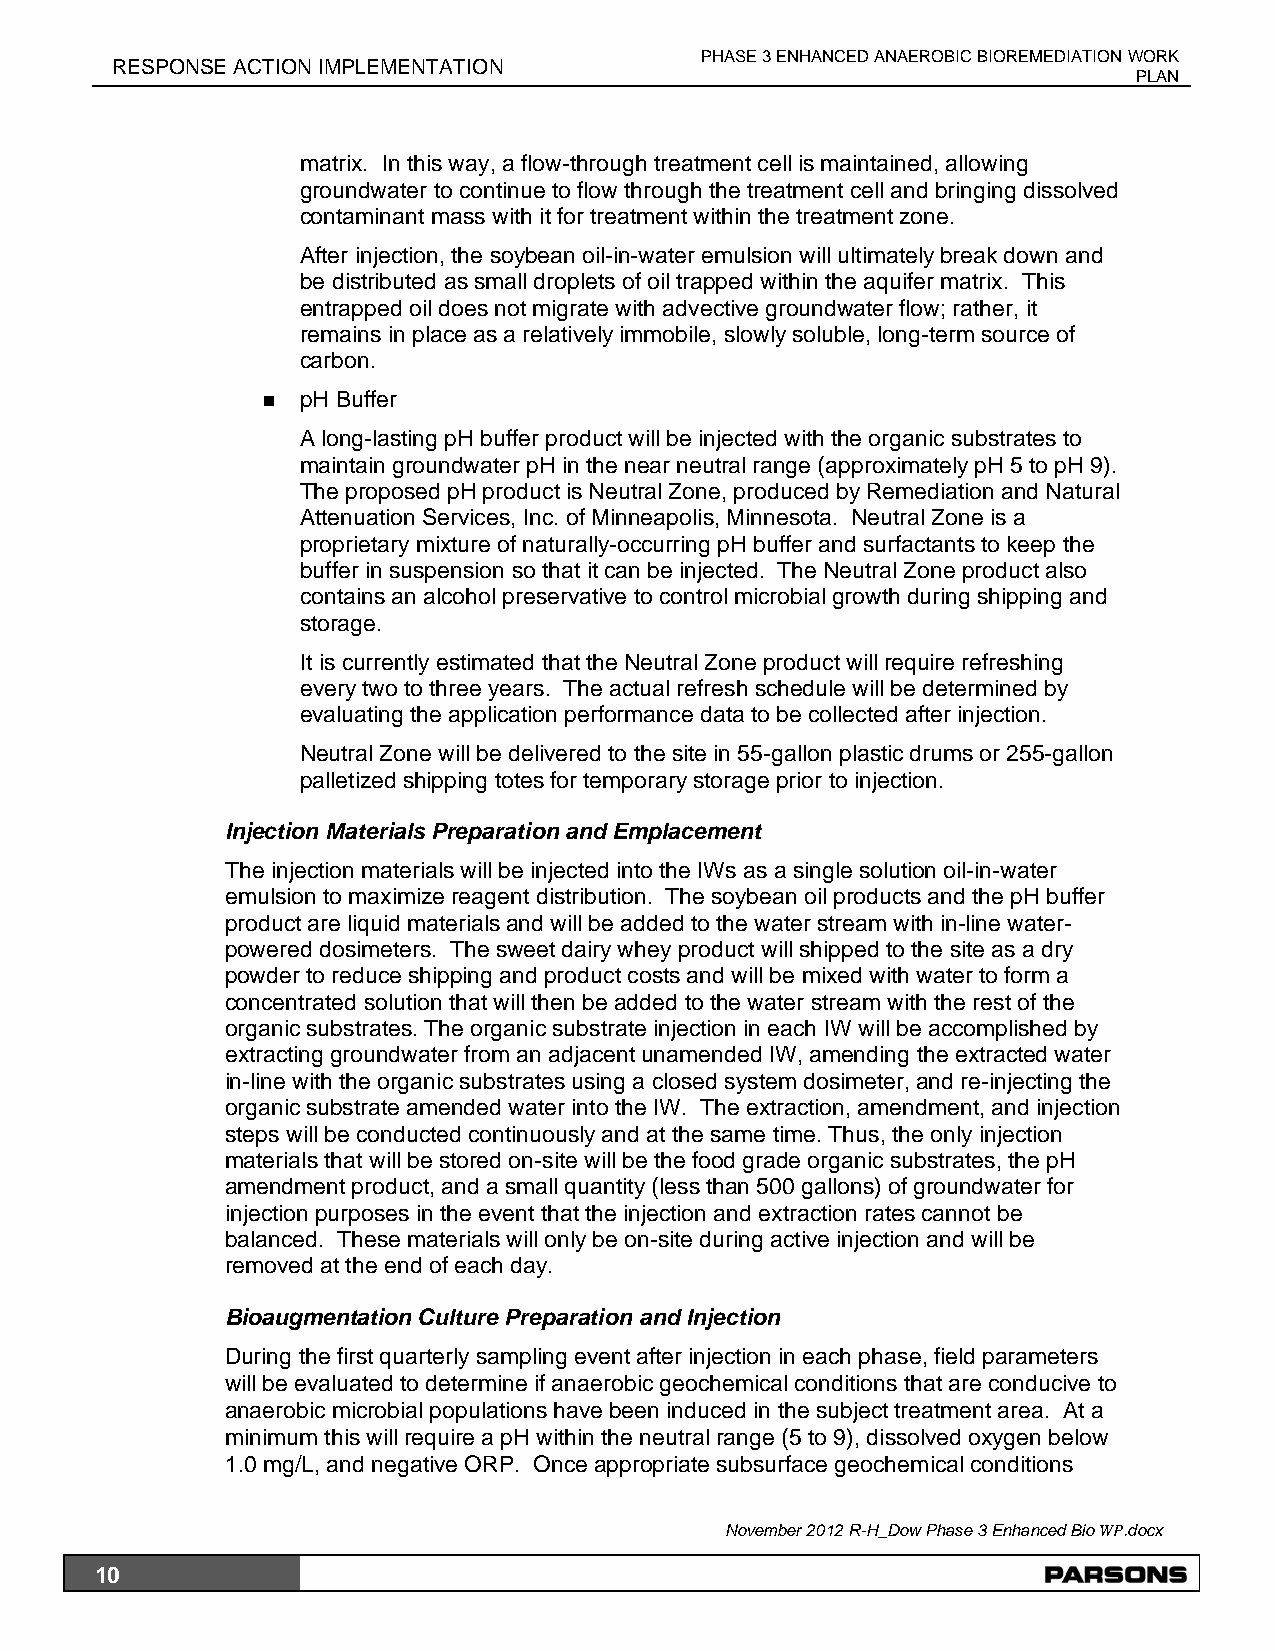
PHASE 3 ENHANCED ANAEROBIC BIOREMEDIATIONWORK
 RESPONSE ACTION IMPLEMENTATION
 PLAN
 matrix. In this way, a flow-through treatment cell is maintained, allowing
 groundwater to continue to flow through the treatment cell and bringing dissolved
 contaminant mass with it for treatment within the treatment zone.
 After injection, the soybean oil-in-water emulsion will ultimately break down and
 be distributed as small droplets of oil trapped within the aquifer matrix. This
 entrapped oil does not migrate with advective groundwater flow; rather, it
 remains in place as a relatively immobile, slowly soluble, long-term source of
 carbon.
   pH Buffer
 A long-lasting pH buffer product will be injected with the organic substrates to
 maintain groundwater pH in the near neutral range (approximately pH 5 to pH 9).
 The proposed pH product is Neutral Zone, produced by Remediation and Natural
 Attenuation Services, Inc. of Minneapolis, Minnesota. Neutral Zone is a
 proprietary mixture of naturally-occurring pH buffer and surfactants to keep the
 buffer in suspension so that it can be injected. The Neutral Zone product also
 contains an alcohol preservative to control microbial growth during shipping and
 storage.
 It is currently estimated that the Neutral Zone product will require refreshing
 every two to three years. The actual refresh schedule will be determined by
 evaluating the application performance data to be collected after injection.
 Neutral Zone will be delivered to the site in 55-gallon plastic drums or 255-gallon
 palletized shipping totes for temporary storage prior to injection.
 Injection Materials Preparation and Emplacement
 The injection materials will be injected into the IWs as a single solution oil-in-water
 emulsion to maximize reagent distribution. The soybean oil products and the pH buffer
 product are liquid materials and will be added to the water stream with in-line water-
 powered dosimeters. The sweet dairy whey product will shipped to the site as a dry
 powder to reduce shipping and product costs and will be mixed with water to form a
 concentrated solution that will then be added to the water stream with the rest of the
 organic substrates. The organic substrate injection in each IW will be accomplished by
 extracting groundwater from an adjacent unamended IW, amending the extracted water
 in-line with the organic substrates using a closed system dosimeter, and re-injecting the
 organic substrate amended water into the IW. The extraction, amendment, and injection
 steps will be conducted continuously and at the same time. Thus, the only injection
 materials that will be stored on-site will be the food grade organic substrates, the pH
 amendment product, and a small quantity (less than 500 gallons) of groundwater for
 injection purposes in the event that the injection and extraction rates cannot be
 balanced. These materials will only be on-site during active injection and will be
 removed at the end of each day.
 Bioaugmentation Culture Preparation and Injection
 During the first quarterly sampling event after injection in each phase, field parameters
 will be evaluated to determine if anaerobic geochemical conditions that are conducive to
 anaerobic microbial populations have been induced in the subject treatment area. At a
 minimum this will require a pH within the neutral range (5 to 9), dissolved oxygen below
 1.0 mg/L, and negative ORP. Once appropriate subsurface geochemical conditions
 November 2012 R-H_Dow Phase 3 Enhanced Bio WP.docx
 10